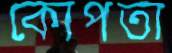
কোপতা